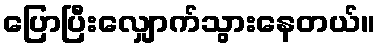
ပြောပြီးလျှောက်သွားနေတယ်။